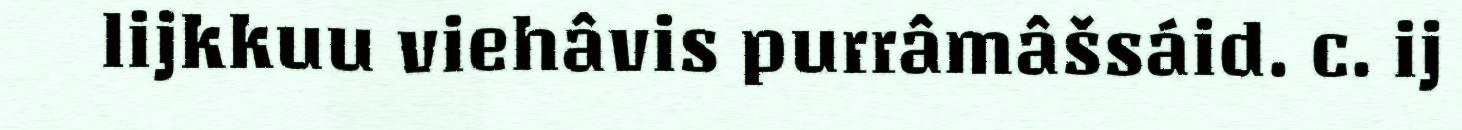
lijkkuu viehâvis purrâmâšsáid. c. ij